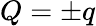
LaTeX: Q=\pm q